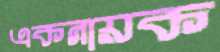
একনায়ক